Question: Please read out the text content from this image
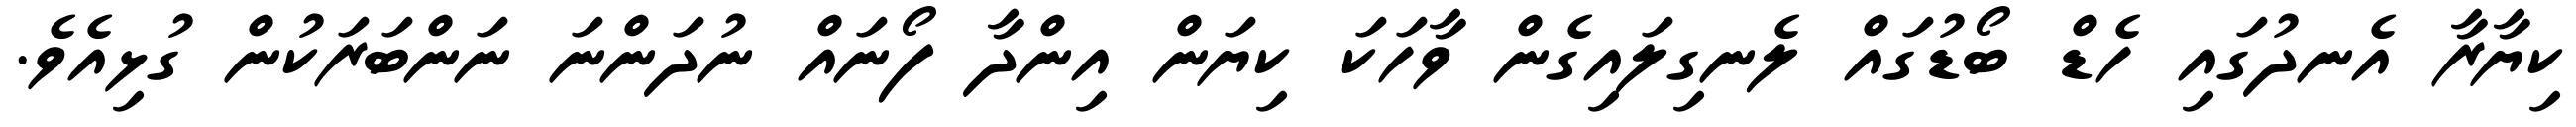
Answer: ކިޔާރާ އެނދުގައި ހެޑް ބޯޑުގައް ލެނގިލައިގެން ވާހަކަ ކިޔަން އިންދާ ފޯނައް ނުދަންނަ ނަންބަރަކުން ގުޅިއެވެ.